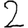
Digit: 2